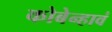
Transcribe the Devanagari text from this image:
कोबेन्हावं